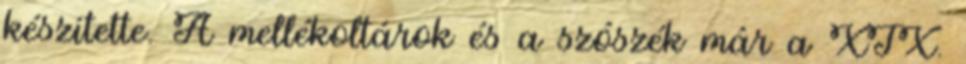
készítette. A mellékoltárok és a szószék már a XIX.